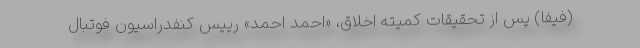
(فیفا) پس از تحقیقات کمیته اخلاق، «احمد احمد» رییس کنفدراسیون فوتبال